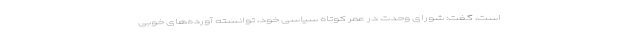
است، گفت: شورای وحدت در عمر کوتاه سیاسی خود، توانسته آورده‌های خوبی